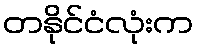
တနိုင်ငံလုံးက